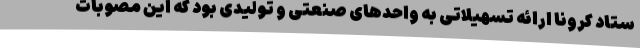
ستاد کرونا ارائه تسهیلاتی به واحدهای صنعتی و تولیدی بود که این مصوبات